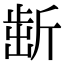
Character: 𣂯